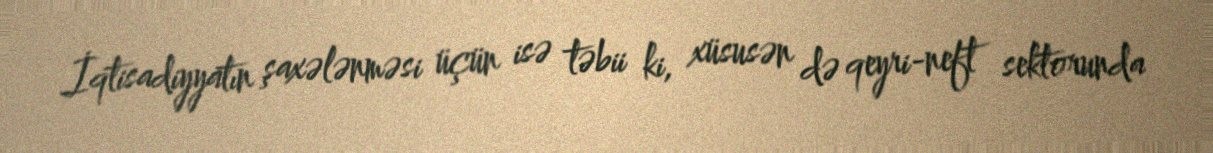
İqtisadiyyatın şaxələnməsi üçün isə təbii ki, xüsusən də qeyri-neft sektorunda